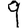
Digit: 9